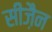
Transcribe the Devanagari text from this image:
सीज़ैन